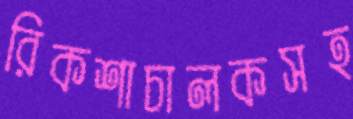
রিকশাচালকসহ